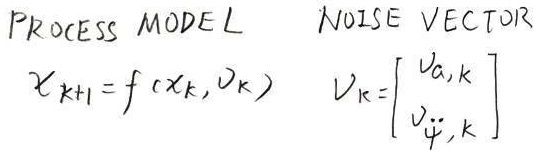
PROCESS MODEL
\(x_{k + 1}=f(x_{k},u_{k})\)
NOISE VECTOR
\(v_{k}=\begin{bmatrix}v_{a,k}\\v_{\ddot{\psi},k}\end{bmatrix}\)